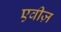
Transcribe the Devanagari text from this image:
एवीज़